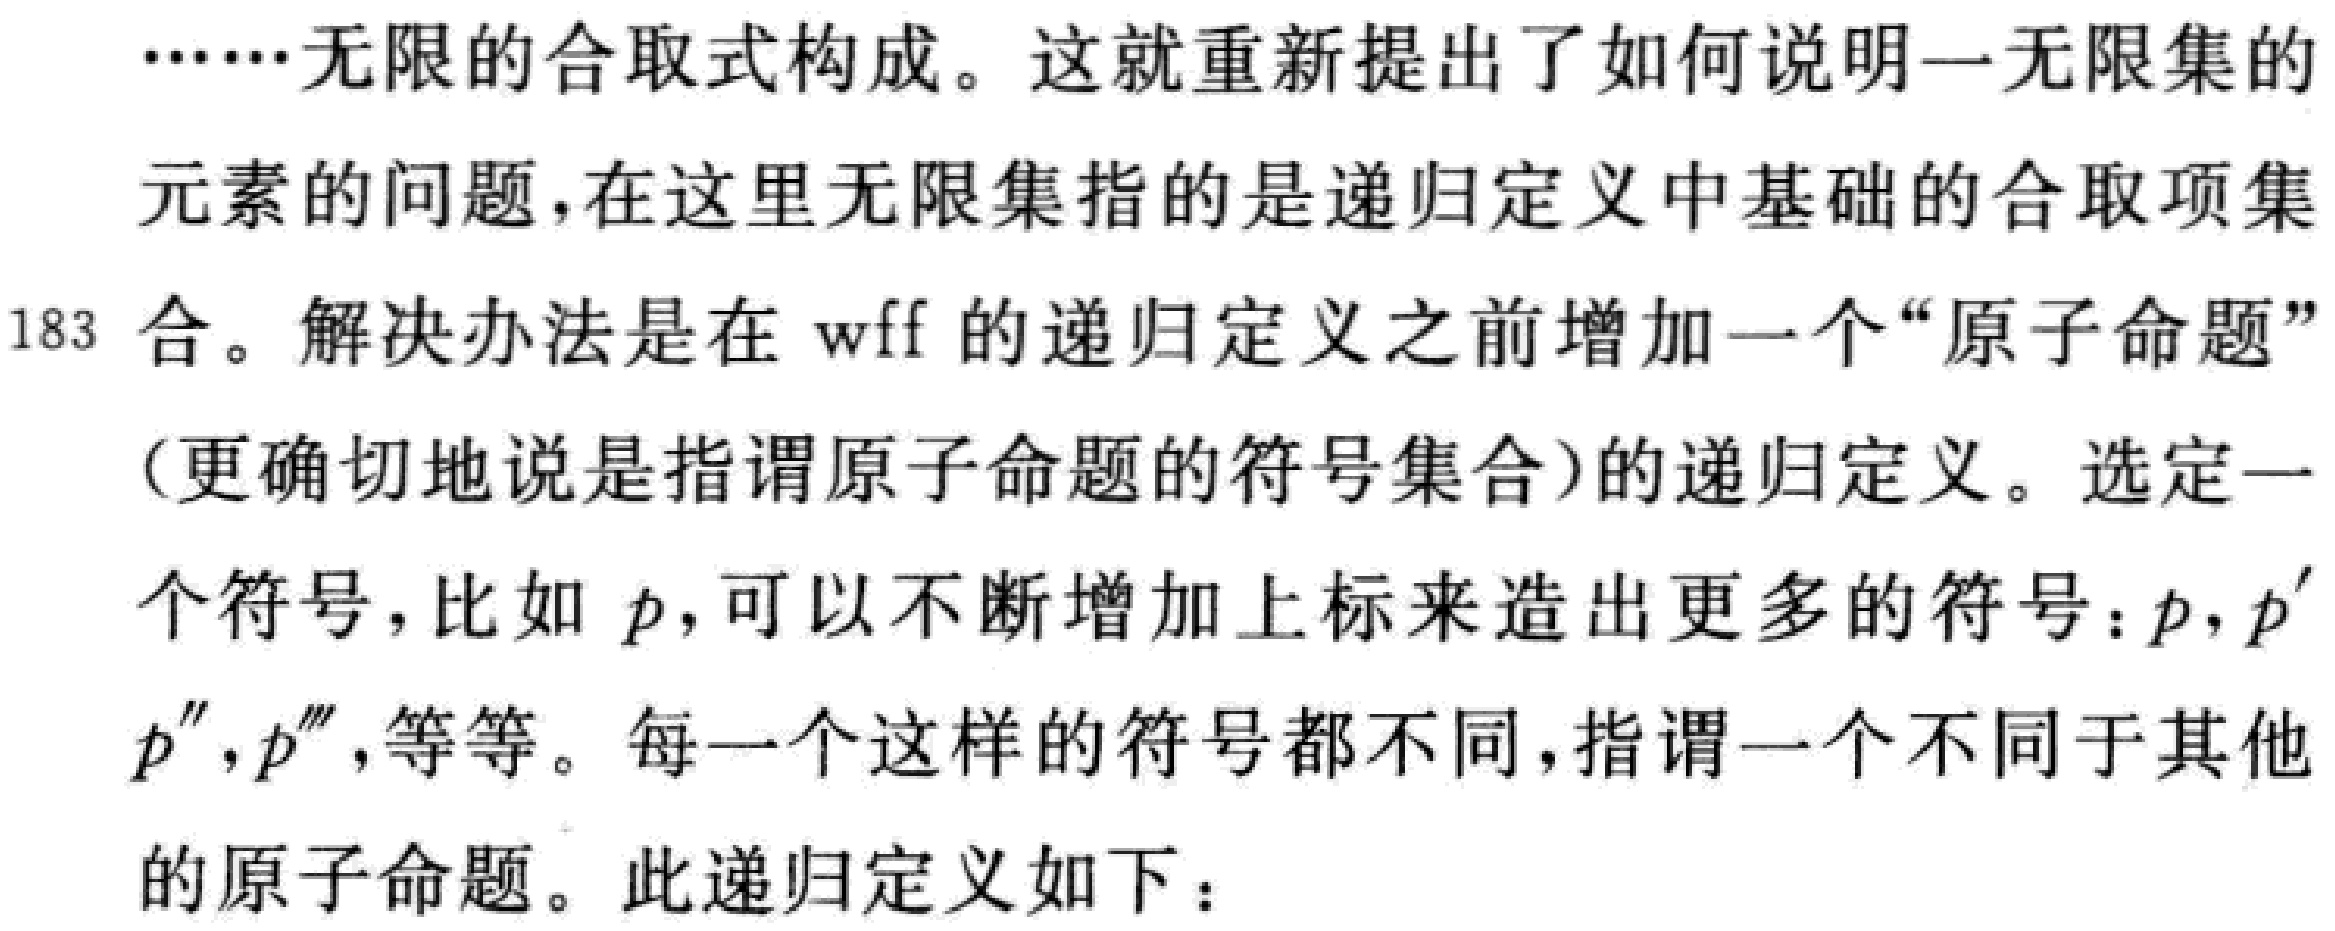
……无限的合取式构成。这就重新提出了如何说明一无限集的

元素的问题，在这里无限集指的是递归定义中基础的合取项集

183 合。解决办法是在 wff 的递归定义之前增加一个“原子命题”

（更确切地说是指谓原子命题的符号集合）的递归定义。选定一

个符号，比如 \(p\)，可以不断增加上标来造出更多的符号：\(p,p^{\prime}\)

\(p^{\prime\prime},p^{\prime\prime\prime}\)，等等。每一个这样的符号都不同，指谓一个不同于其他

的原子命题。此递归定义如下：